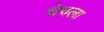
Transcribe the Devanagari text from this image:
चेचला